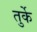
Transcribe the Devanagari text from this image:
तुर्के